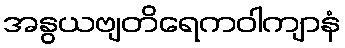
အနွယဗျတိရေကဝါကျာနံ